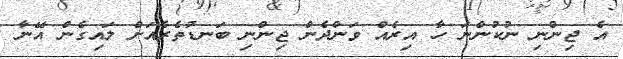
އެ ޖިންނި ނުކުންނަ ހާ އިރެއް ވަންދެން ޖިންނި ބަނޑުތެރެއަށް ލައިގެން އޭނާ